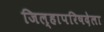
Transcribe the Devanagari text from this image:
जिल्हापरिषदेला